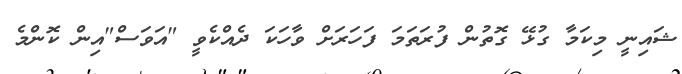
ޝައިނީ މިކަމާ ގުޅޭ ގޮތުން ފުރަތަމަ ފަހަރަށް ވާހަކަ ދެއްކެވީ "އަވަސް"އިން ކޮންމެ